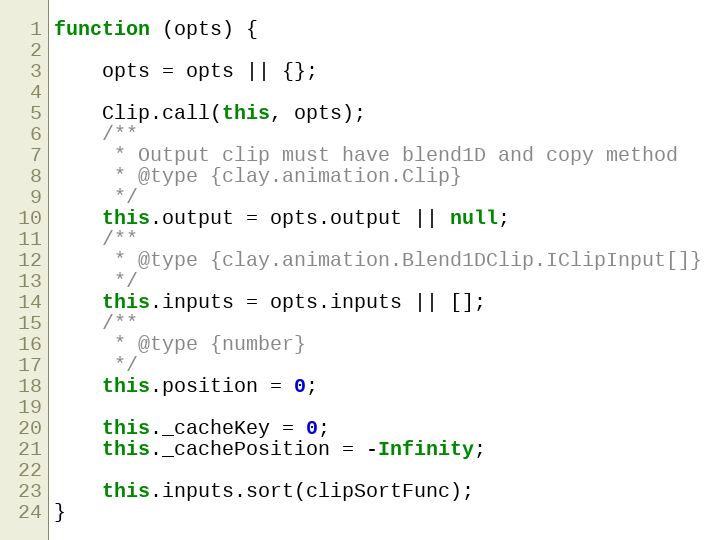
Language: JavaScript
function (opts) {

    opts = opts || {};

    Clip.call(this, opts);
    /**
     * Output clip must have blend1D and copy method
     * @type {clay.animation.Clip}
     */
    this.output = opts.output || null;
    /**
     * @type {clay.animation.Blend1DClip.IClipInput[]}
     */
    this.inputs = opts.inputs || [];
    /**
     * @type {number}
     */
    this.position = 0;

    this._cacheKey = 0;
    this._cachePosition = -Infinity;

    this.inputs.sort(clipSortFunc);
}